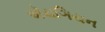
ઍયઞિયન